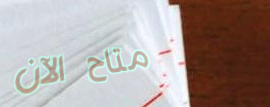
متاح الآن